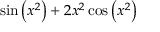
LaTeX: \sin \left( x ^ { 2 } \right) + 2 x ^ { 2 } \cos \left( x ^ { 2 } \right)